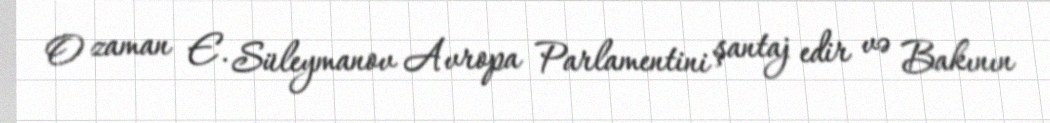
O zaman E. Süleymanov Avropa Parlamentini şantaj edir və Bakının